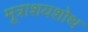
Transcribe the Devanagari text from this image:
मूत्राशयशोथ